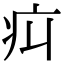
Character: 㽱